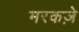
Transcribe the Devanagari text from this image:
मरकज़े